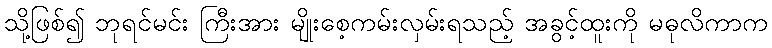
သို့ဖြစ်၍ ဘုရင်မင်း ကြီးအား မျိုးစေ့ကမ်းလှမ်းရသည့် အခွင့်ထူးကို မဓုလိကာက